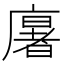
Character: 𢋂